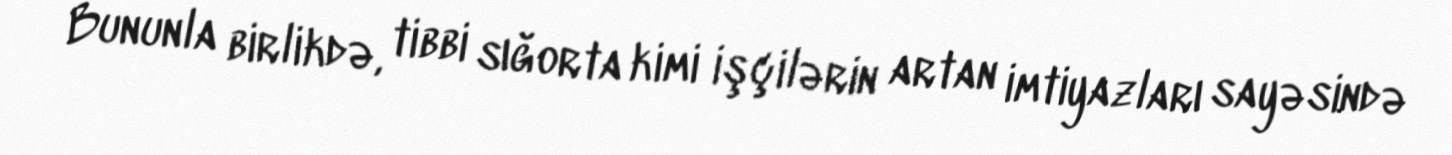
Bununla birlikdə, tibbi sığorta kimi işçilərin artan imtiyazları sayəsində